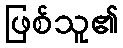
ဖြစ်သူ၏